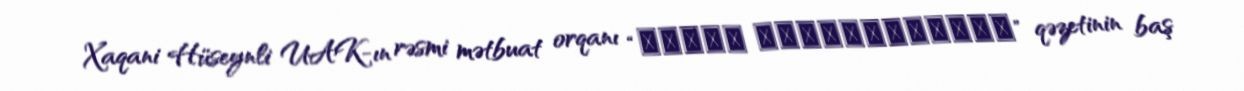
Xaqani Hüseynli UAK-ın rəsmi mətbuat orqanı “ГОЛОС АЗЕРБАЙДЖАНУ” qəzetinin baş